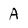
Character: A